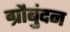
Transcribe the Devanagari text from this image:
ग्रौबुंदन